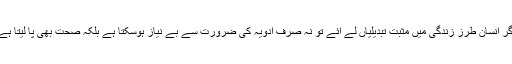
اگر انسان طرز زندگی میں مثبت تبدیلیاں لے آئے تو نہ صرف ادویہ کی ضرورت سے بے نیاز ہوسکتا ہے بلکہ صحت بھی پا لیتا ہے۔